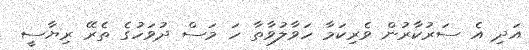
އަދި އެ ސަރުކާރުން ވެރިކަމާ ހަވާލުވާތާ ހަ މަސް ދުވަހުގެ ތެރޭ ރިޔާސީ